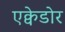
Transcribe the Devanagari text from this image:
एक्वेडोर